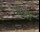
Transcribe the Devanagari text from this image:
मेभी